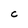
Character: C